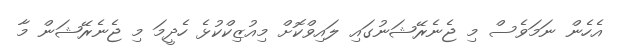
އެހެން ނަމަވެސް މި ޖެނެރޭޝަނުގައި ލައިވްކޮށް މިއުޒިކްކުޅެ ހެދީމަ މި ޖެނެރޭޝަން މާ